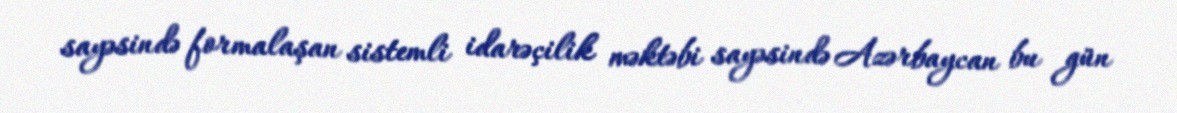
sayəsində formalaşan sistemli idarəçilik məktəbi sayəsində Azərbaycan bu gün